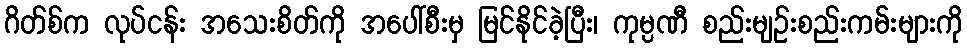
ဂိတ်စ်က လုပ်ငန်း အသေးစိတ်ကို အပေါ်စီးမှ မြင်နိုင်ခဲ့ပြီး၊ ကုမ္ပဏီ စည်းမျဉ်းစည်းကမ်းများကို